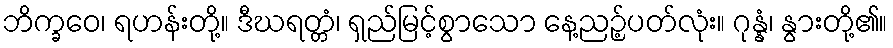
ဘိက္ခဝေ၊ ရဟန်းတို့။ ဒီဃရတ္တံ၊ ရှည်မြင့်စွာသော နေ့ညဉ့်ပတ်လုံး။ ဂုန္နံ၊ နွားတို့၏။